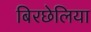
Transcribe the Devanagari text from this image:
बिरछेलिया